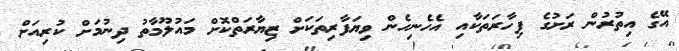
އޭގެ އިތުރުން ރަށުގެ ފިހާރަތަކާއި އެހެނިހެން ވިޔަފާރިތަކަށް ޒިޔާރަތްކޮށް މައުލޫމާތު ދިނުމަށް ކުރިއަށް